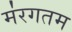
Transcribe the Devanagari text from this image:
म॑रगतम